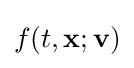
f(t,\mathbf {x} ;\mathbf {v} )